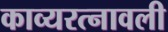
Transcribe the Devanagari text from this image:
काव्यरत्‍नावली